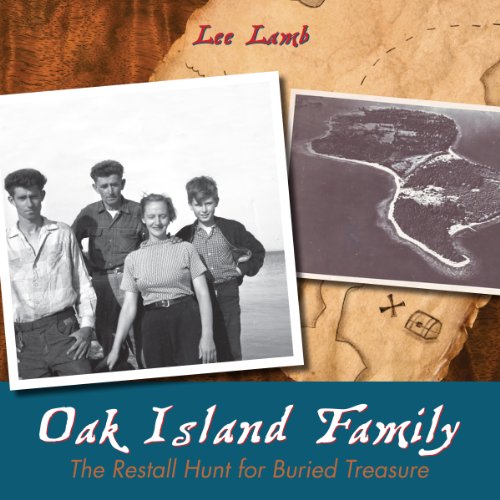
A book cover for Oak Island Family: The Restall Hunt for Buried Treasure; Lee Lamb; Teen & Young Adult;